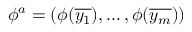
\phi ^ { a } = ( \phi ( { \overline { { y _ { 1 } } } } ) , \dots , \phi ( { \overline { { y _ { m } } } } ) )